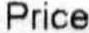
PRICE